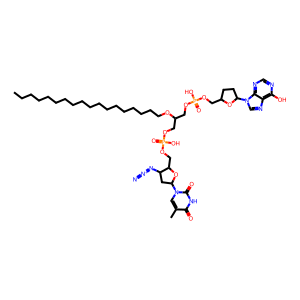
SMILES: CCCCCCCCCCCCCCCCCCOC(COP(=O)(O)OCC1CCC(n2cnc3c(O)ncnc32)O1)COP(=O)(O)OCC1OC(n2cc(C)c(=O)[nH]c2=O)CC1N=[N+]=[N-]
Inhibits HIV replication: Yes